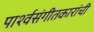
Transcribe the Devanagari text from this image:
पार्श्वसंगीतकारांची